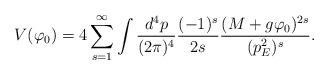
LaTeX: \begin{align*}V(\varphi_{0})=4\sum^{\infty}_{s=1}\int\frac{d^{4}p}{(2\pi)^{4}}\frac{(-1)^{s}}{2s}\frac{(M+g\varphi_{0})^{2s}}{(p^{2}_{E})^{s}}.\end{align*}